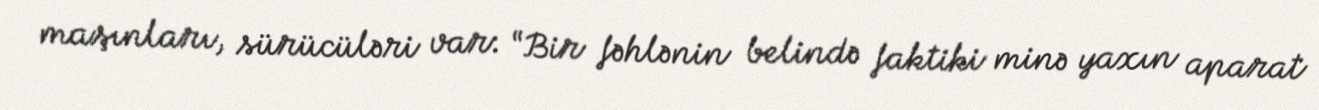
maşınları, sürücüləri var: “Bir fəhlənin belində faktiki minə yaxın aparat